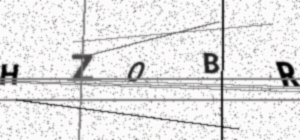
Text: HZOBR